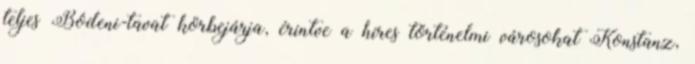
teljes Bódeni-tavat körbejárja, érintve a híres történelmi városokat Konstanz,